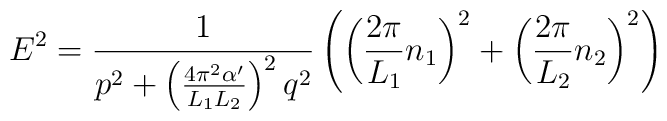
E^2 = \frac{1}{p^2+\left(\frac{4 \pi^2\alpha'}{L_1 L_2}\right)^2 q^2}\left(\left(\frac{2\pi}{L_1}n_1\right)^2 + \left(\frac{2\pi}{L_2}n_2\right)^2 \right)